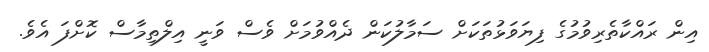
އިން ރައްކާތެރިވުމުގެ ފިޔަވަޅުތަކަށް ސަމާލުކަން ދެއްވުމަށް ވެސް ވަނީ އިލްތިމާސް ކޮށްފަ އެވެ.